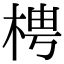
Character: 梬